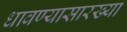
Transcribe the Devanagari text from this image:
धावण्यासारख्या